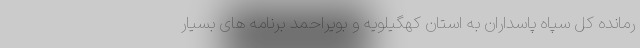
رمانده کل سپاه پاسداران به استان کهگیلویه و بویراحمد برنامه های بسیار